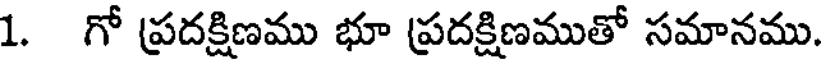
1. గో ప్రదక్షిణము భూ ప్రదక్షిణముతో సమానము.